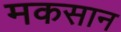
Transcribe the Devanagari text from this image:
मकसान